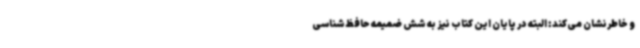
و خاطرنشان می‌کند: البته در پایان این کتاب نیز به شش ضمیمه حافظ‌شناسی